Insane asylums in Bengal annual reports 1867-1875 - 1867-1875
Year: 1867
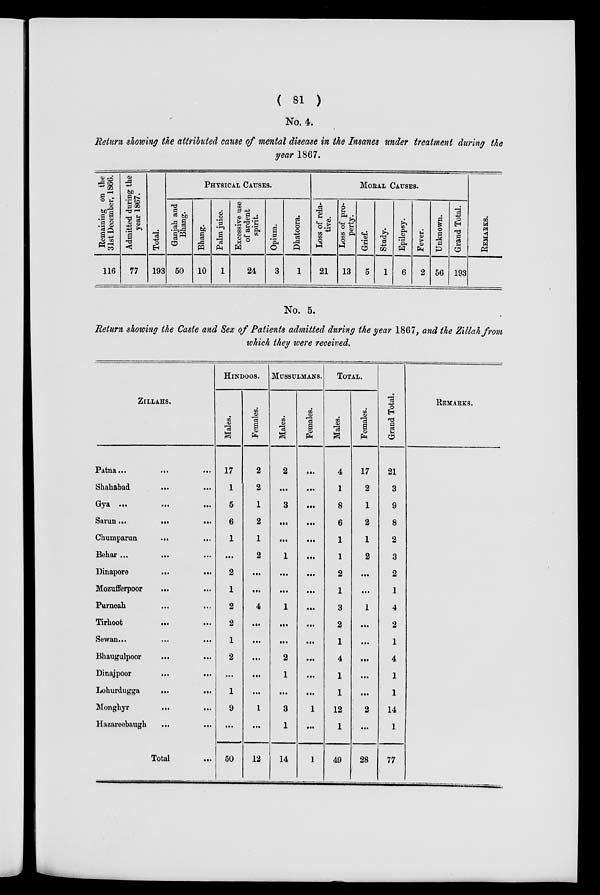
( 81 )
No. 4.
Return showing the attributed cause of mental disease in the Insanes under treatment during the
year 1867.
Remaining on the
31st December, 1866.
116
Admitted during the
year 1867.
77
Total.
193
PHYSICAL CAUSES.
Ganjah and
Bhang.
50
Bhang.
10
Palm juice.
1
Excessive use
of ardent
spirit.
24
Opium.
3
Dhatoora.
1
MORAL CAUSES.
Loss of rela-
tive.
21
Loss of pro-
perty.
13
Grief.
5
Study.
1
Epilepsy.
6
Fever.
2
Unknown.
56
Grand Total.
193
REMARKS.
No. 5.
Return showing the Caste and Sex of Patients admitted during the year 1867, and the Zillah from
which they were received.
ZILLAHS.
Patna ...
...
...
Shahabad
...
Gya
...
...
...
Sarun ...
...
...
Chumparun ... ...
Behar ...
... ...
Dinapore
...
...
Mozufferpoor
... ...
Purneah ... ...
Tirhoot
... ...
Sewan ...
...
...
Bhaugulpoor
... ...
Dinajpoor ... ...
Lohurdugga
...
...
Monghyr
... ...
Hazareebaugh
...
...
Total ...
HINDOOS.
Males.
17
1
5
6
1
...
2
1
2
2
1
2
...
1
9
...
50
Females.
2
2
1
2
1
2
...
...
4
...
...
...
...
...
1
...
12
MUSSULMANS.
Males.
2
...
3
...
...
1
...
...
1
...
...
2
1
...
3
1
14
Females.
...
...
...
...
...
...
...
...
...
...
...
...
...
...
1
...
1
TOTAL.
Males.
4
1
8
6
1
1
2
1
3
2
1
4
1
1
12
1
49
Females.
17
2
1
2
1
2
...
...
1
...
...
...
...
...
2
...
28
Grand Total.
21
3
9
8
2
3
2
1
4
2
1
4
1
1
14
1
77
REMARKS.